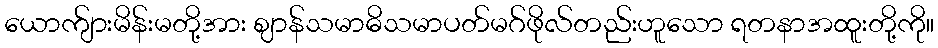
ယောက်ျားမိန်းမတို့အား ဈာန်သမာဓိသမာပတ်မဂ်ဖိုလ်တည်းဟူသော ရတနာအထူးတို့ကို။